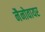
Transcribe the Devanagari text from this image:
नैनोवायर